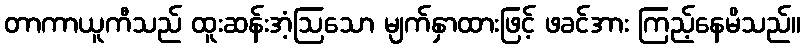
တာကာယူကီသည် ထူးဆန်းအံ့ဩသော မျက်နှာထားဖြင့် ဖခင်အား ကြည့်နေမိသည်။